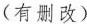
(有删改)